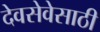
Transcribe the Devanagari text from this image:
देवसेवेसाठी